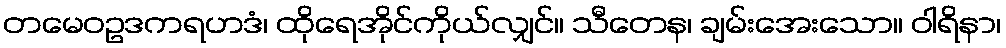
တမေဝဥဒကရဟဒံ၊ ထိုရေအိုင်ကိုယ်လျှင်။ သီတေန၊ ချမ်းအေးသော။ ဝါရိနာ၊